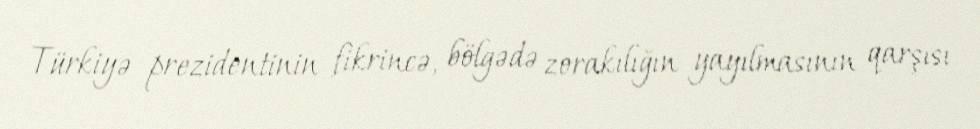
Türkiyə prezidentinin fikrincə, bölgədə zorakılığın yayılmasının qarşısı